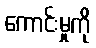
ကောင်းမှုကို